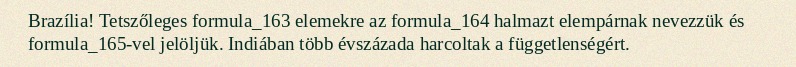
Brazília! Tetszőleges formula_163 elemekre az formula_164 halmazt elempárnak nevezzük és formula_165-vel jelöljük. Indiában több évszázada harcoltak a függetlenségért.